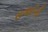
સગાઈની